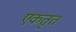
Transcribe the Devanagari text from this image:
एकतृत